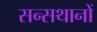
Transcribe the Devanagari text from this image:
सन्सथानों